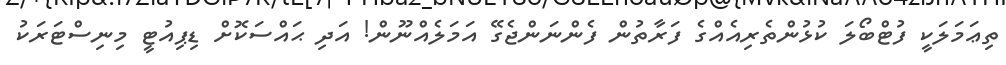
ތިޢަމަލަކީ ފުޓްބޯލަ ކުޅުންތެރިއެއްގެ ފަރާތުން ފެންނަންޖެގޭ އަމަލެއްނޫން! އަދި ޙައްސަކޮށް ޑިޕިއުޓީ މިނިސްޓަރަކު